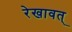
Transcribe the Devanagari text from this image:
रेखावत्‌